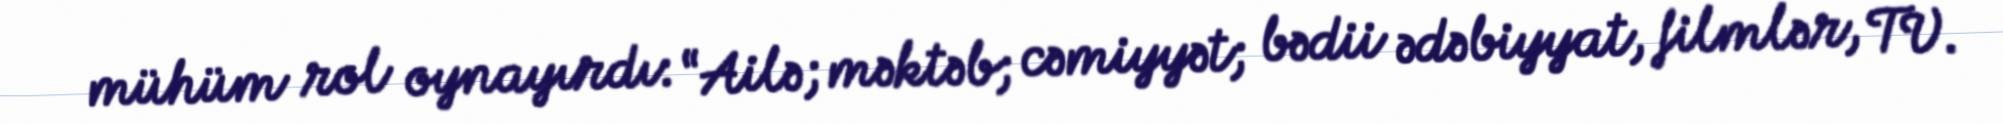
mühüm rol oynayırdı: “Ailə; məktəb; cəmiyyət; bədii ədəbiyyat, filmlər, TV.